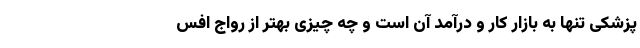
پزشکی تنها به بازار کار و درآمد آن است و چه چیزی بهتر از رواج افس